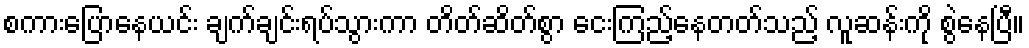
စကားပြောနေယင်း ချက်ချင်းရပ်သွားကာ တိတ်ဆိတ်စွာ ငေးကြည့်နေတတ်သည့် လူဆန်းကို စွဲနေပြီ။